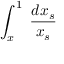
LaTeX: \int _ { x } ^ { 1 } \; \frac { d x _ { s } } { x _ { s } }